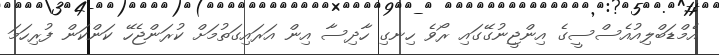
އެމްޑަބްލިއުއެސްސީގެ އިންޖީނުގޭގައި ރޯވެ ހިނގި ހާދިސާ އިން އަރައިގަތުމަށް ކުރަންޖެހޭ ކަންކަން ފުރިހަމަ